Report on vaccination North-West Frontier Province 1904-1922 - 1904-1922
Year: 1904
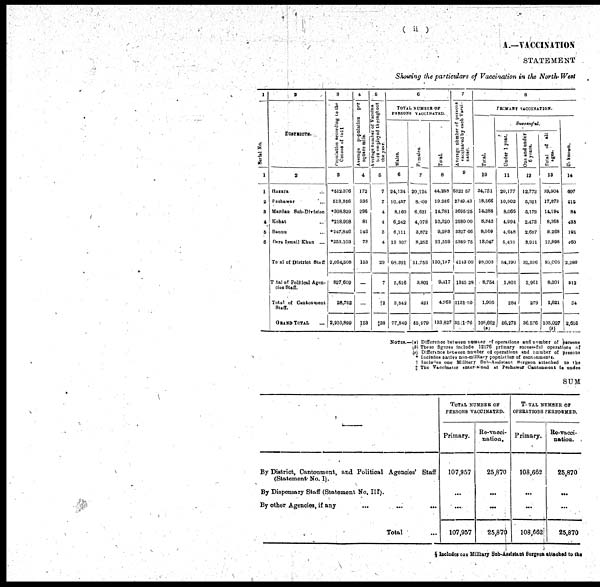
( ii )
A.—VACCINATION
STATEMENT
Showing the particulars of Vaccination in the North-West
1
Serial No.
1
1
2
3
4
5
6
2
DISTRICTS.
2
Hazara ...
Peshawar ...
Mardan Sub-Division
Kohat ...
Bannu ...
Dera Ismail Khan
...
Total of District Staff
Total of Political Agen-
cies Staff.
Total of Cantonment
Staff.
GRAND TOTAL
...
3
Population according to the
Census of 1911
3
*512,376
513,356
*308,829
*218,998
*247,846
*253,103
2,054,508
827,609
28,782
2,910,899
4
Average population
per
square mile.
4
172
336
296
81
146
73
153
...
...
153
5
Average number of Vaccina¬
tors
employed throughout
the year.
5
7
7
4
4
3
4
29
7
†2
‡38
6
TOTAL NUMBER OF
PERSONS VACCINATED
Males.
6
24,134
10,437
8,160
6,242
6,111
13,307
68,391
5,616
3,842
77,849
Females.
7
20,124
8,809
6,621
4,078
3,872
8,252
51,756
3,801
421
55,979
Total.
8
44,258
19,246
14,781
10,320
9,983
21,559
120,147
9,417
4,263
133,827
7
Average number of persons
vaccinated by each Vacci¬
nator.
9
6322.57
2749.43
3695.25
2580.00
3327.66
5389.75
4143.00
1345.28
2131.50
3521.76
8
PRIMARY VACCINATION.
Total.
10
34,751
18,566
14,288
8,842
8,509
13,047
98,003
8,754
1,905
108,662
(a)
Successful.
Under 1 year.
11
20,177
10,902
8,066
4,994
4,648
5,403
54,190
1,801
284
56,275
One and under
6 years.
12
12,772
5,321
5,172
2,473
2,687
3,911
32,336
3,961
279
36,576
Total of all
ages.
13
33,904
17,873
14,194
8,368
8,268
12,398
95,005
8,201
1,821
105,027
(b)
Unknown.
14
607
515
84
433
191
460
2,290
312
54
2,656
NOTES.—(a) Difference between number of operations and number of persons
(b) These figures include 12176 primary successful operations of
(c) Difference between number of operations and number of presons
* Includes native non-military population of cantonments.
† Includes one Military Sub-Assistant Surgeon attached to the
‡ The Vaccinator entertained at Peshawar Cantonment is under
SUM
By District, Cantonment, and Political Agencies' Staff
(Statement No. I).
By Dispensary Staff (Statement No. III).
By other Agencies, if any
...
...
...
Total ...
TOTAL NUMBER OF
PERSONS VACCINATED.
Primary.
107,957
...
...
107,957
Re-vacci¬
nation.
25,870
...
...
25,870
TOTAL NUMBER OF
OPERATIONS PERFORMED.
Primary.
108,662
...
...
108,662
Re-vacci¬
nation.
25,870
...
...
25,870
§ Includes one Military Sub-Assistant Surgeon attached to the